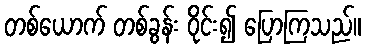
တစ်ယောက် တစ်ခွန်း ဝိုင်း၍ ပြောကြသည်။